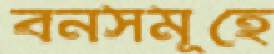
বনসমূহে